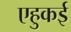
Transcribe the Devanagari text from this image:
एहुकई